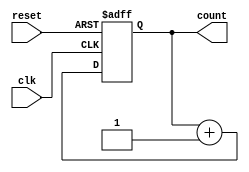
module cascaded_counter #(
    parameter N = 4  // Number of bits in the counter
)(
    input wire clk,           // Clock signal
    input wire reset,         // Asynchronous reset signal
    output wire [N-1:0] count // Current count output
);

    // Flip-flops array to represent the counter bits
    reg [N-1:0] counter;

    // Asynchronous reset and counting logic
    always @(posedge clk or posedge reset) begin
        if (reset) begin
            counter <= 0; // Reset the counter to 0
        end else begin
            counter <= counter + 1; // Increment the counter
        end
    end

    // Assign the current count to the output
    assign count = counter;

endmodule